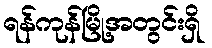
ရန်ကုန်မြို့အတွင်းရှိ